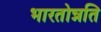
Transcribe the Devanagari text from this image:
भारतोन्नति